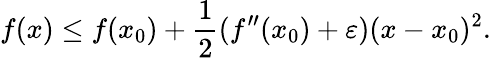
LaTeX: f(x)\leq f(x_{0})+{\frac{1}{2}}(f^{\prime\prime}(x_{0})+\varepsilon)(x-x_{0})^{2}.